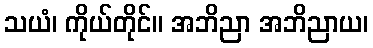
သယံ၊ ကိုယ်တိုင်။ အဘိညာ အဘိညာယ၊